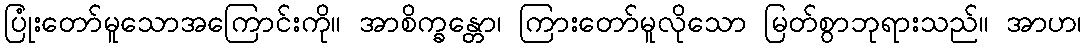
ပြုံးတော်မူသောအကြောင်းကို။ အာစိက္ခန္တော၊ ကြားတော်မူလိုသော မြတ်စွာဘုရားသည်။ အာဟ၊